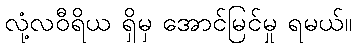
လုံ့လဝီရိယ ရှိမှ အောင်မြင်မှု ရမယ်။